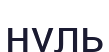
нуль